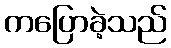
ကပြောခဲ့သည်